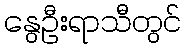
နွေဦးရာသီတွင်